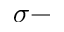
\sigma -